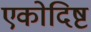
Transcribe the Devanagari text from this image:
एकोदिष्ट